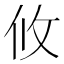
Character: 攸